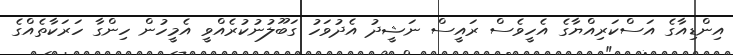
އިންޑިއާގެ އަސްކަރިއްޔާގެ އެހީވެސް ރައީސް ނަޝީދު އެދުވަހު ގަބޫލުނުކުރެއްވީ އެމީހުން ހިންގާ ހަރަކާތެއްގެ